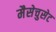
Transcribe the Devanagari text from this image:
मैसेचुसेट